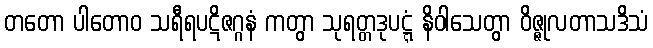
တတော ပါတောဝ သရီရပဋိဇဂ္ဂနံ ကတွာ သုရတ္တဒုပဋ္ဋံ နိဝါသေတွာ ဝိဇ္ဇုလတာသဒိသံ